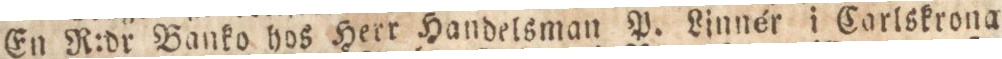
En R:dr Banko hos Herr Handelsman P. Linnér i Carlskrona